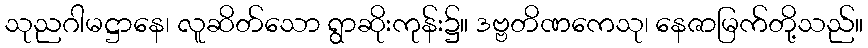
သုညဂါမဋ္ဌာနေ၊ လူဆိတ်သော ရွာဆိုးကုန်း၌။ ဒဗ္ဗတိဏကေသု၊ နေဇာမြက်တို့သည်။